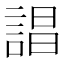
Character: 誯